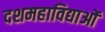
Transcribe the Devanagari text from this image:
दशमहाविद्याओं